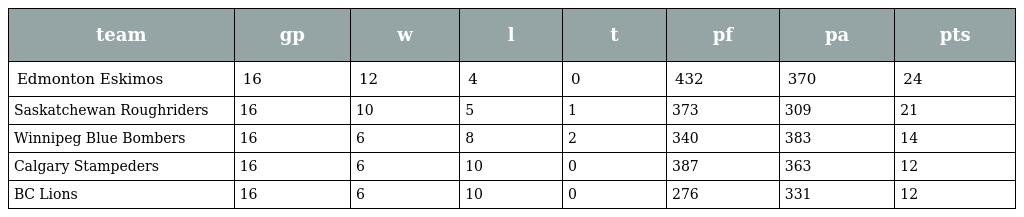
| team | gp | w | l | t | pf | pa | pts |
 | --- | --- | --- | --- | --- | --- | --- | --- |
 | Edmonton Eskimos | 16 | 12 | 4 | 0 | 432 | 370 | 24 |
 | Saskatchewan Roughriders | 16 | 10 | 5 | 1 | 373 | 309 | 21 |
 | Winnipeg Blue Bombers | 16 | 6 | 8 | 2 | 340 | 383 | 14 |
 | Calgary Stampeders | 16 | 6 | 10 | 0 | 387 | 363 | 12 |
 | BC Lions | 16 | 6 | 10 | 0 | 276 | 331 | 12 |